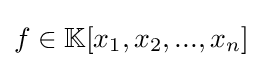
f\in \mathbb {K} [x_{1},x_{2},...,x_{n}]